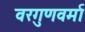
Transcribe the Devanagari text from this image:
वरगुणवर्मा